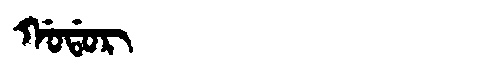
Manchu: ᡤᠣᡩᠣᡵ
Romanization: GODOR